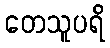
တေသူပရိ